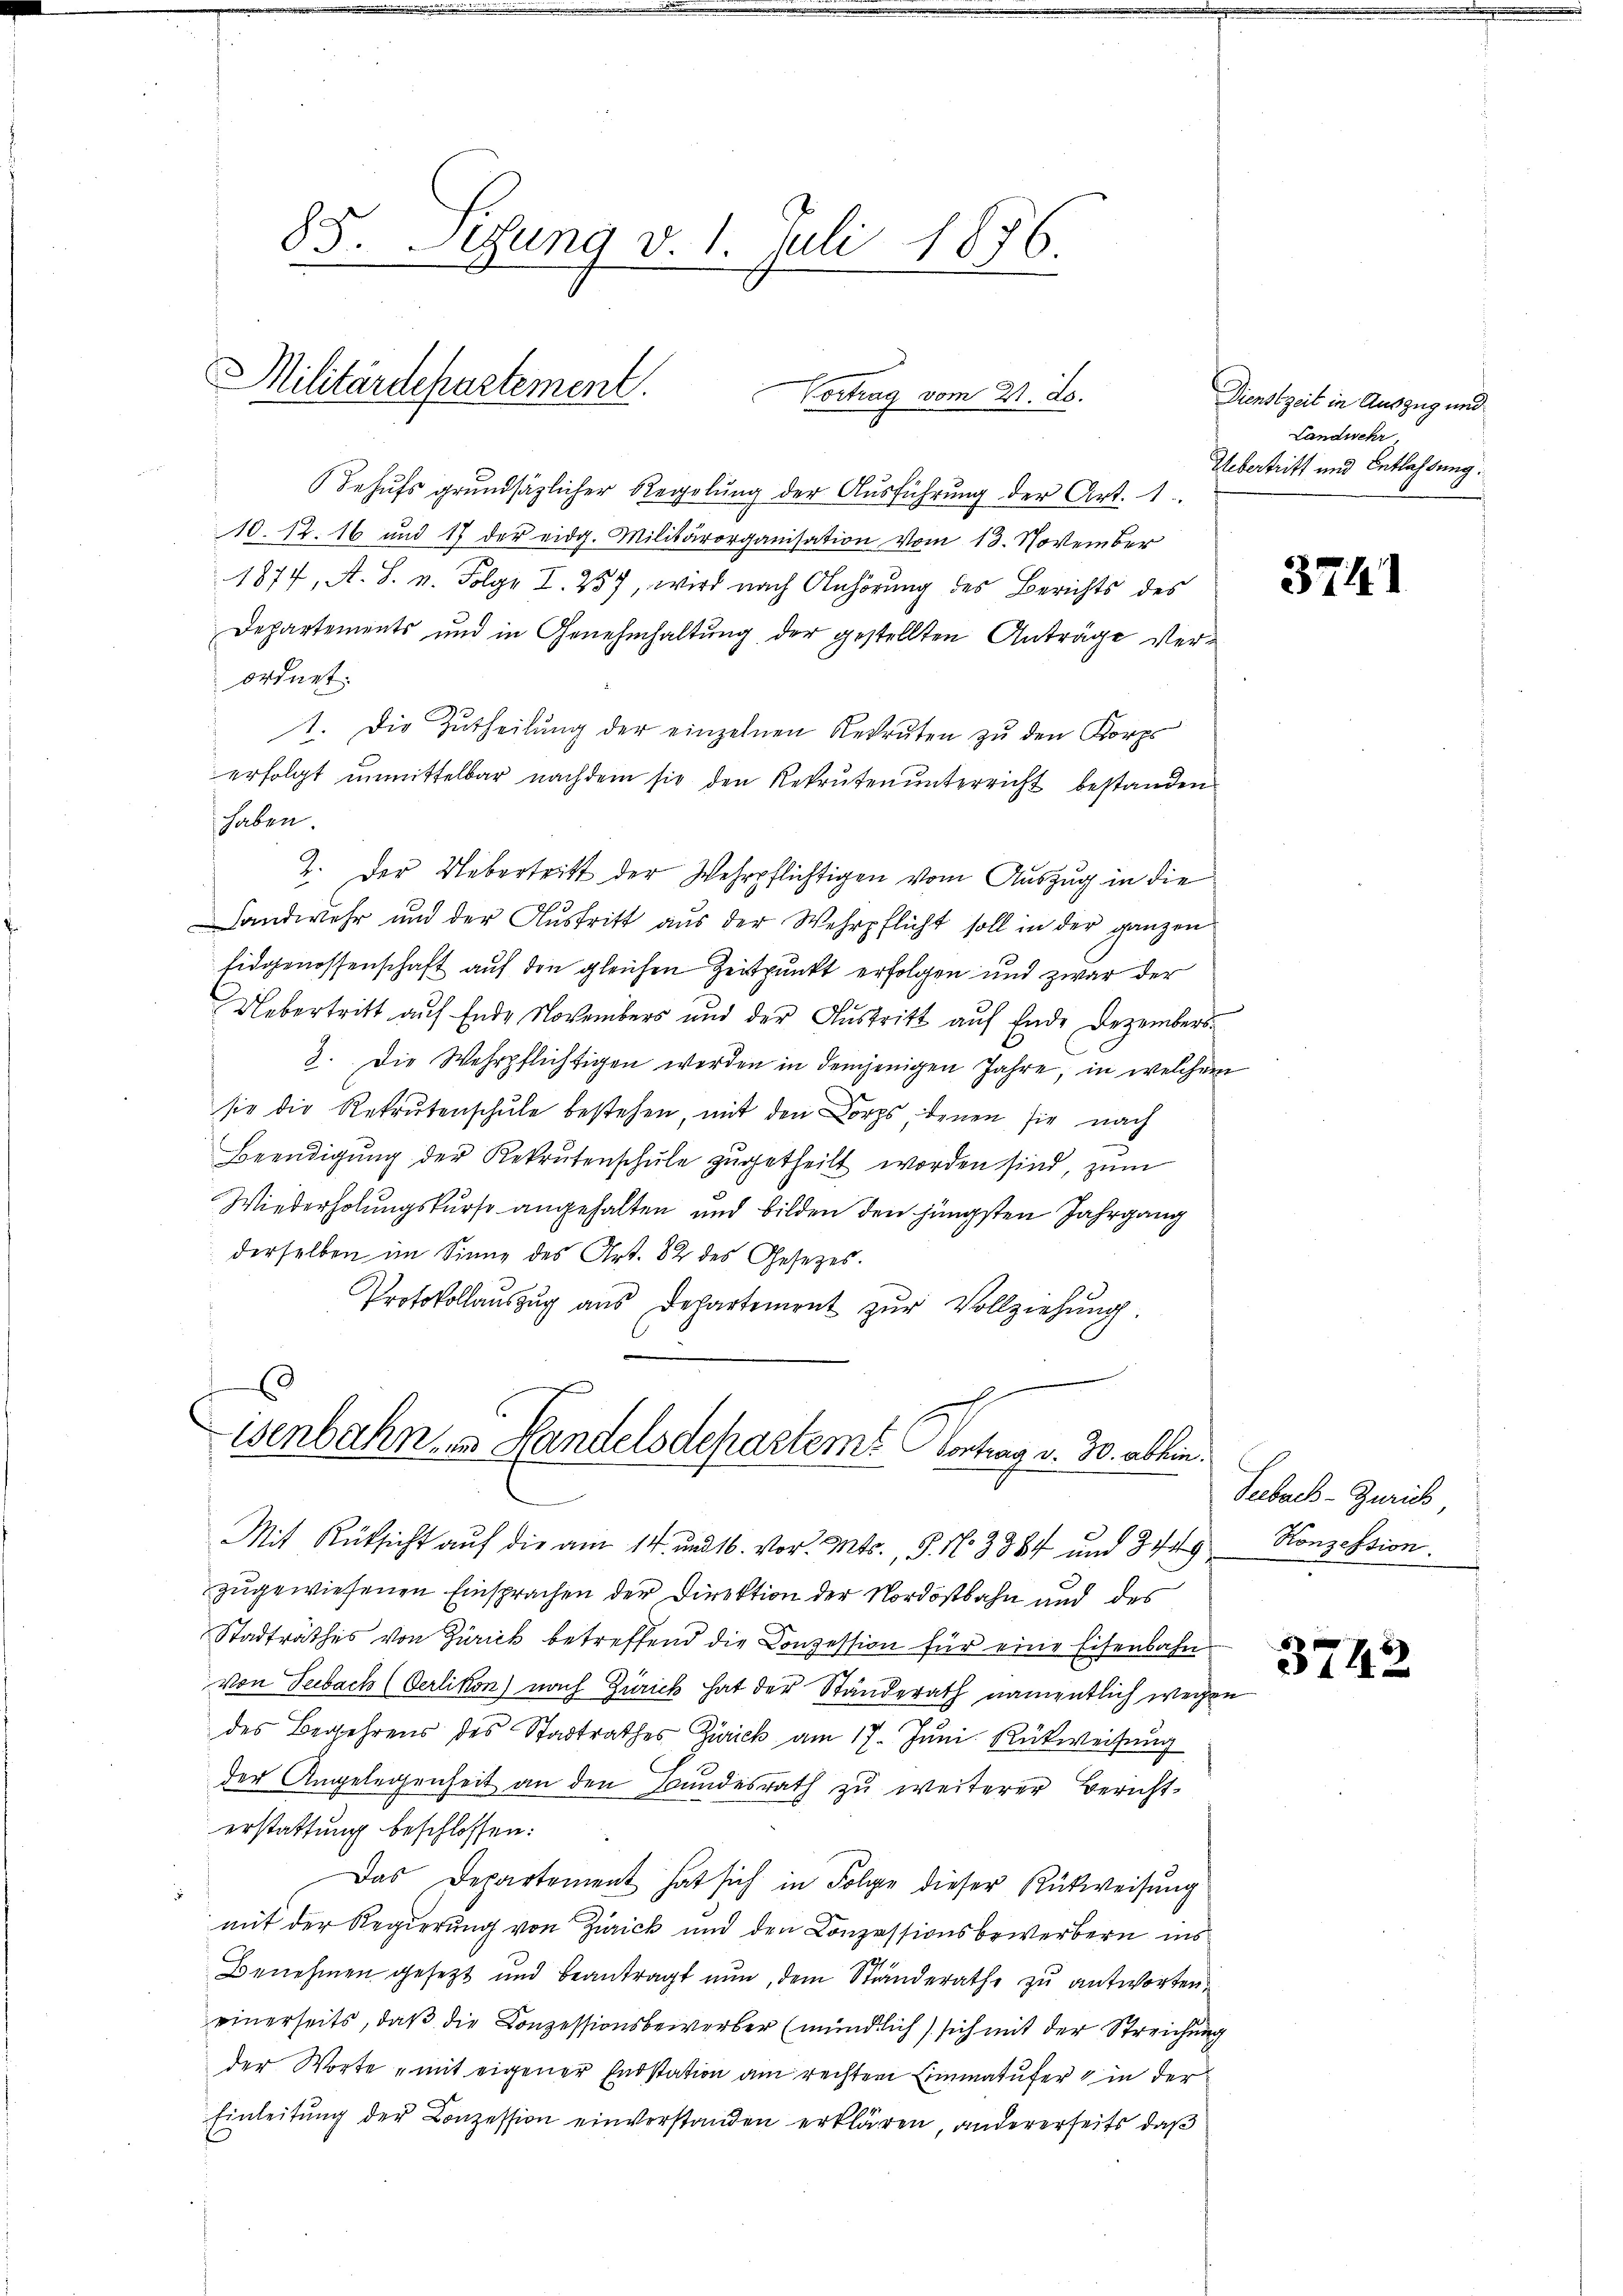
85. Sitzung v. 1. Juli 1876
2

Militärdepartement. Vortrag vom 21. ds.

Behŭfs grundsätzlicher Regelŭng der Aŭsführŭng der Art. 1
10. 12. 16 und 17 der eidg. Militärorganisation vom 13. November
1877, A. S. v. Folge I 257, wird nach Anhörung des Berichts des
Departements und in Genehmhaltung der gestellten Anträge verordnet.
1. Die Zutheilung der einzelnen Rekruten zu den Korps
erfolgt unmittelbar nachdem sie den Rekruten unterricht bestanden
haben.
2. Der Uebertritt der Wehrpflichtigen vom Auszug in die
Handwehr und der Austritt aus der Wehrpflicht soll in der ganzen
Eidgenossenschaft auf den gleichen Zeitpunkt erfolgen und zwar der
Uebertritt auf Ende Novembers und der Austritt auf Ende Dezembers¬
3. Die Wehrpflichtigen werden in demjenigen Jahre, in welchem
sie die Rekrutenschule bestehen, mit den Corps, denen sie nach
Beendigŭng der Rekrutenschŭle zugetheilt worden sind, zum
Wiederholungskurse angehalten und bilden den jüngsten Jahrgang
derselben im Sinne des Art. 82 des Gesetzes.
Protokollauszug aus Departement zur Vollziehung.
E

isenbahn in Handelsdepartem Contrag v. 30. ablein.

Mit Rüksicht auf die am 14. und 16. vor. Mts., S. No 3384 und 344 Konzession.
zugewiesenen Einsprachen der Direktion der Nordostbahn und des
Stadträthes von Zürick betreffend die Conzession für eine Eisenbahn
von Seebach (Oerlikon) nach Zürich hat der Ständerath namentlich wegen
des Begehrens des Stadtrathes Zürick am 17. Juni. Rückweisung
der Angelegenheit an den Bundesrath zu weiterer Bericht
erstattung beschlossen:
Das Departement hat sich in Folge dieser Rückweisung
mit der Regierung von Zürick und den Conzessionsbewerbern ins
Benehmen gesezt und beantragt nun, dem Ständerathe zu antworten
einerseits, daß die Conzessionsbewerber (mündlich sich mit der Streichung
der Worte „mit eigener Endstation am rechten Limmatufer in der
Einleitung der Conzession einverstanden erklären, andererseits daß

Dienstzeit in Auszug und
Landwehr,
Uebertritt und Entlassung.

3741

Seebach-Zürich

3742